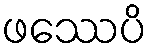
ဖဿေပိ